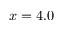
x = 4 . 0